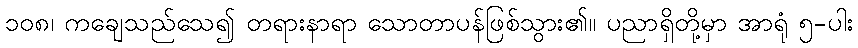
၁၀၈၊ ကချေသည်သေ၍ တရားနာရာ သောတာပန်ဖြစ်သွား၏။ ပညာရှိတို့မှာ အာရုံ ၅-ပါး